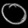
Digit: ၀